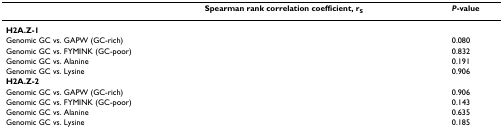
<table><thead><tr><td>[EMPTY_CELL]</td><td><b>Spearman rank correlation coefficient, r<sub>S</sub></b></td><td><b><i>P</i>-value</b></td></tr></thead><tbody><tr><td><b>H2A.Z-1</b></td><td>[EMPTY_CELL]</td><td>[EMPTY_CELL]</td></tr><tr><td>Genomic GC vs. GAPW (GC-rich)</td><td>[EMPTY_CELL]</td><td>0.080</td></tr><tr><td>Genomic GC vs. FYMINK (GC-poor)</td><td>[EMPTY_CELL]</td><td>0.832</td></tr><tr><td>Genomic GC vs. Alanine</td><td>[EMPTY_CELL]</td><td>0.191</td></tr><tr><td>Genomic GC vs. Lysine</td><td>[EMPTY_CELL]</td><td>0.906</td></tr><tr><td><b>H2A.Z-2</b></td><td>[EMPTY_CELL]</td><td>[EMPTY_CELL]</td></tr><tr><td>Genomic GC vs. GAPW (GC-rich)</td><td>[EMPTY_CELL]</td><td>0.906</td></tr><tr><td>Genomic GC vs. FYMINK (GC-poor)</td><td>[EMPTY_CELL]</td><td>0.143</td></tr><tr><td>Genomic GC vs. Alanine</td><td>[EMPTY_CELL]</td><td>0.635</td></tr><tr><td>Genomic GC vs. Lysine</td><td>[EMPTY_CELL]</td><td>0.185</td></tr></tbody></table>